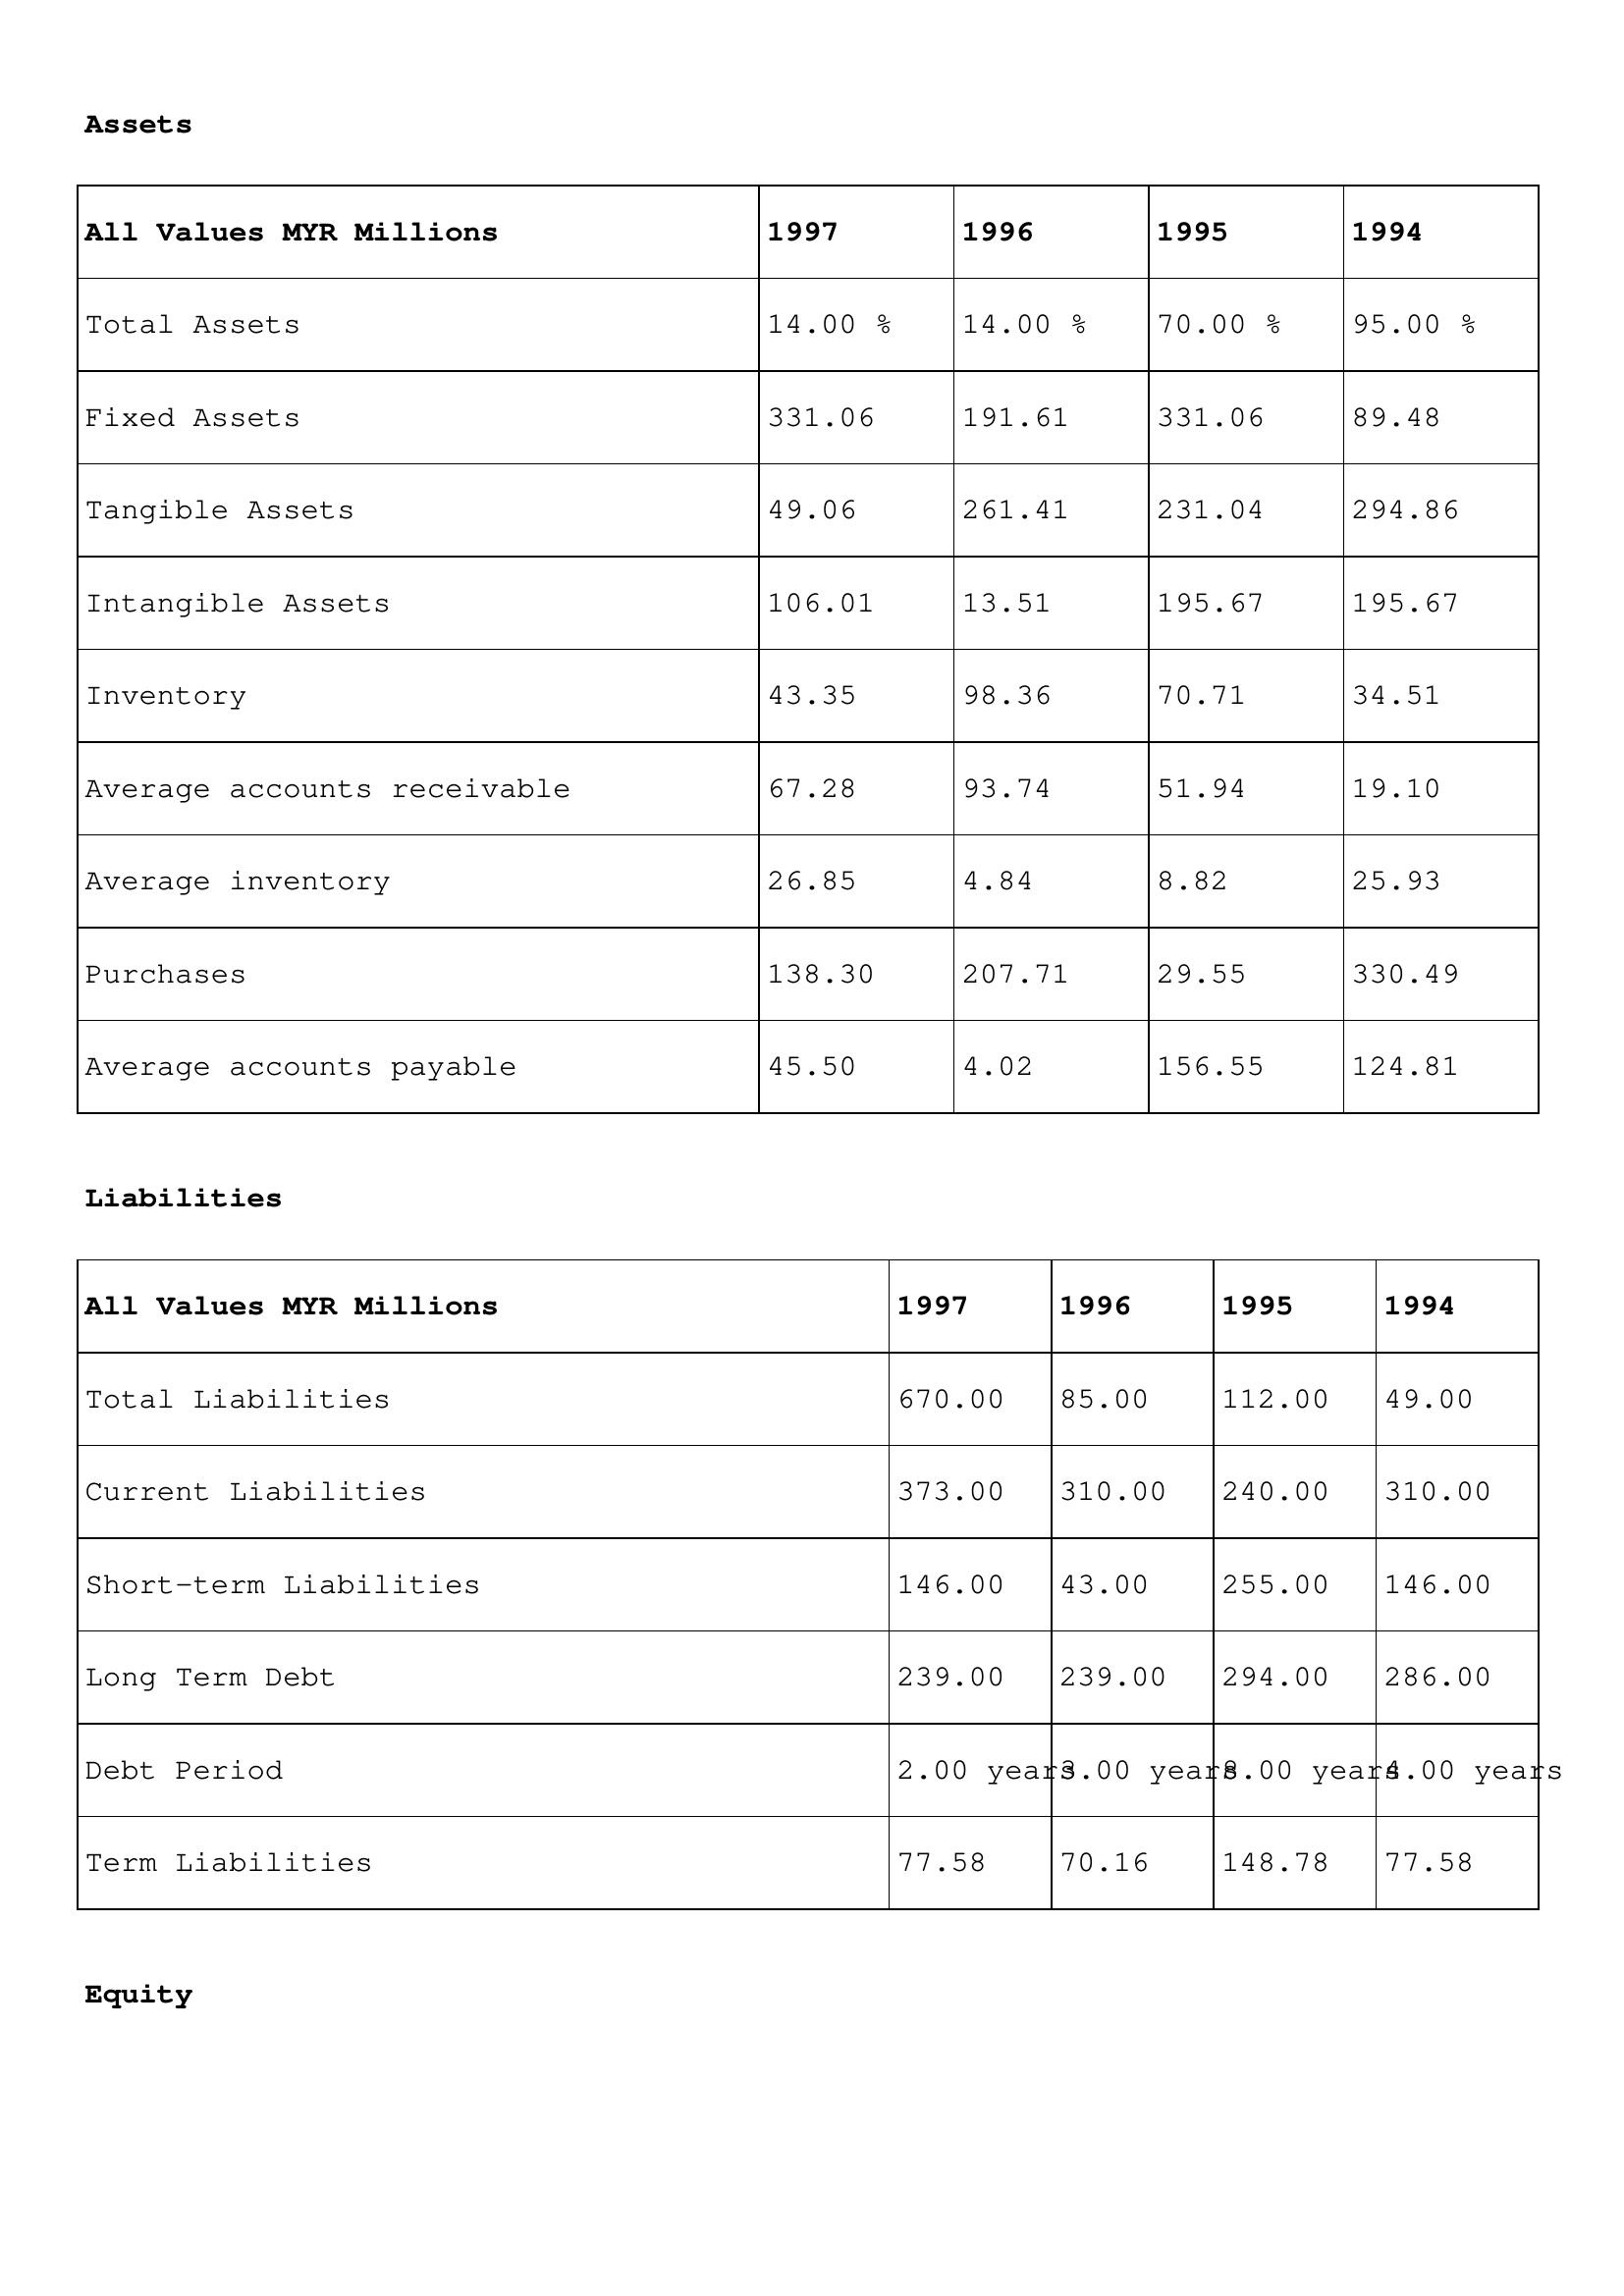
gt_parse: 1997: Assets: Total Assets: 14.00 %
Fixed Assets: 331.06
Tangible Assets: 49.06
Intangible Assets: 106.01
Inventory: 43.35
Average accounts receivable: 67.28
Average inventory: 26.85
Purchases: 138.30
Average accounts payable: 45.50
Liabilities: Total Liabilities: 670.00
Current Liabilities: 373.00
Short-term Liabilities: 146.00
Long Term Debt: 239.00
Debt Period: 2.00 years
Term Liabilities: 77.58
Equity: Common Stock: 101.36
Treasury Stock: 36.44
Other Comprehensive Income: 94.40
Total Equity: 58.00 %
Issued Capital: 131.00
Paid-up Capital: 18.17
Additional Paid-In Capital: 79.36
General Reserves: 137.09
Credit Balance: 49.29
Retained Earnings: 14.34
1996: Assets: Total Assets: 14.00 %
Fixed Assets: 191.61
Tangible Assets: 261.41
Intangible Assets: 13.51
Inventory: 98.36
Average accounts receivable: 93.74
Average inventory: 4.84
Purchases: 207.71
Average accounts payable: 4.02
Liabilities: Total Liabilities: 85.00
Current Liabilities: 310.00
Short-term Liabilities: 43.00
Long Term Debt: 239.00
Debt Period: 3.00 years
Term Liabilities: 70.16
Equity: Common Stock: 43.89
Treasury Stock: 36.44
Other Comprehensive Income: 75.11
Total Equity: 77.00 %
Issued Capital: 86.00
Paid-up Capital: 0.91
Additional Paid-In Capital: 91.24
General Reserves: 139.88
Credit Balance: 20.32
Retained Earnings: 482.84
1995: Assets: Total Assets: 70.00 %
Fixed Assets: 331.06
Tangible Assets: 231.04
Intangible Assets: 195.67
Inventory: 70.71
Average accounts receivable: 51.94
Average inventory: 8.82
Purchases: 29.55
Average accounts payable: 156.55
Liabilities: Total Liabilities: 112.00
Current Liabilities: 240.00
Short-term Liabilities: 255.00
Long Term Debt: 294.00
Debt Period: 8.00 years
Term Liabilities: 148.78
Equity: Common Stock: 101.35
Treasury Stock: 0.17
Other Comprehensive Income: 42.83
Total Equity: 5.00 %
Issued Capital: 221.00
Paid-up Capital: 0.83
Additional Paid-In Capital: 83.88
General Reserves: 137.09
Credit Balance: 20.32
Retained Earnings: 40.22
1994: Assets: Total Assets: 95.00 %
Fixed Assets: 89.48
Tangible Assets: 294.86
Intangible Assets: 195.67
Inventory: 34.51
Average accounts receivable: 19.10
Average inventory: 25.93
Purchases: 330.49
Average accounts payable: 124.81
Liabilities: Total Liabilities: 49.00
Current Liabilities: 310.00
Short-term Liabilities: 146.00
Long Term Debt: 286.00
Debt Period: 4.00 years
Term Liabilities: 77.58
Equity: Common Stock: 129.17
Treasury Stock: 47.02
Other Comprehensive Income: 60.12
Total Equity: 77.00 %
Issued Capital: 387.00
Paid-up Capital: 37.21
Additional Paid-In Capital: 83.88
General Reserves: 103.02
Credit Balance: 48.27
Retained Earnings: 4.09